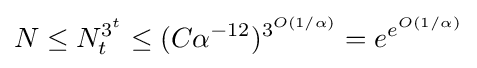
N\leq N_{t}^{3^{t}}\leq (C\alpha ^{-12})^{3^{O(1/\alpha )}}=e^{e^{O(1/\alpha )}}